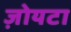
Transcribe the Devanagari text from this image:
ज़ोयटा